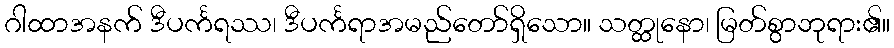
ဂါထာအနက် ဒီပင်္ကရဿ၊ ဒီပင်္ကရာအမည်တော်ရှိသော။ သတ္ထုနော၊ မြတ်စွာဘုရား၏။